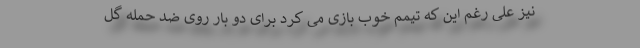
نیز علی رغم این که تیمم خوب بازی می کرد برای دو بار روی ضد حمله گل